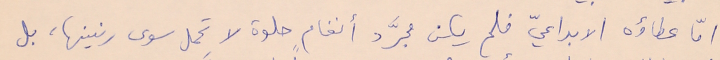
أمّأ عطاؤه الابداعيّ فلم يكن مجرَّد أنغامٍ حلوة لا تحمل سوى رنينها، بل